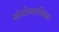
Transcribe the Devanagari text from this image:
संयोगाविना